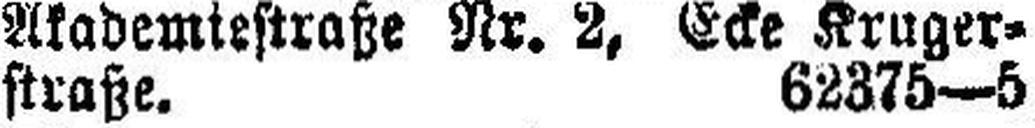
straße. 62375—5